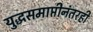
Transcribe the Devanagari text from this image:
युद्धसमाप्तीनंतरही